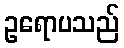
ဥရောပသည်